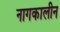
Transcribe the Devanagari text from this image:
नागकालीन